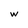
Character: w